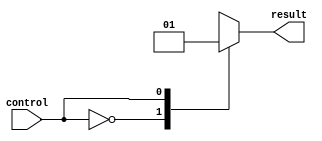
module simple_case_statement (
    input wire control,
    output reg result
);

always @(control)
begin
    case (control)
        2'b00: result <= 1'b0; // if control is 00, result is assigned 0
        2'b01: result <= 1'b1; // if control is 01, result is assigned 1
        2'b10: result <= 1'b0; // if control is 10, result is assigned 0
        2'b11: result <= 1'b1; // if control is 11, result is assigned 1
        default: result <= 1'b0; // default case if control value doesn't match any of the above
    endcase
end

endmodule